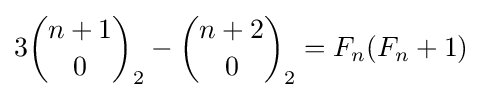
3{n+1 \choose 0}_{2}-{n+2 \choose 0}_{2}=F_{n}(F_{n}+1)